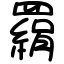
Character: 羂